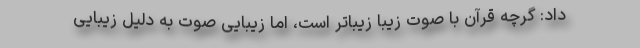
داد: گرچه قرآن با صوت زیبا زیباتر است، اما زیبایی صوت به دلیل زیبایی